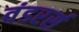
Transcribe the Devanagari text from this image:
वंडरर्स